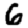
Digit: 6